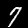
Label: 7